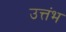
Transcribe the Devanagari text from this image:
उत्तंभ